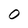
Character: 0